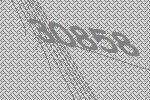
30858